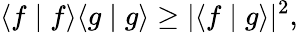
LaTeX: \langle f\mid f\rangle\langle g\mid g\rangle\geq|\langle f\mid g\rangle|^{2},